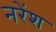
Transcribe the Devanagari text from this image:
नरेंश